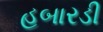
હબારડી